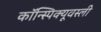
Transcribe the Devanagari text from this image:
कॉन्स्पिक्यूवस्ली